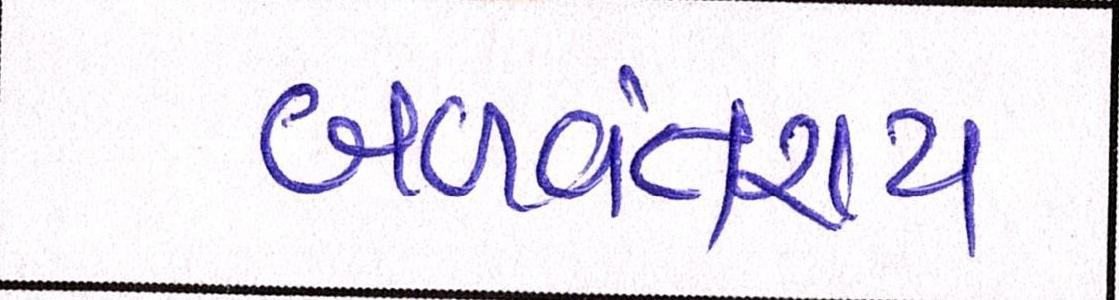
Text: બળવંતરાય